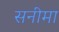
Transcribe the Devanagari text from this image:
सनीमा